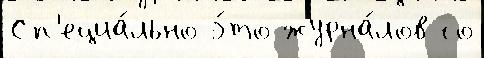
Сп'ециа́льно э́то журна́лов со